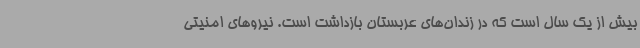
بیش از یک سال است که در زندان‌های عربستان بازداشت است. نیروهای امنیتی